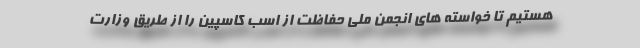
هستیم تا خواسته های انجمن ملی حفاظت از اسب کاسپین را از طریق وزارت